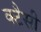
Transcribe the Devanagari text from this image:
क्टैसी